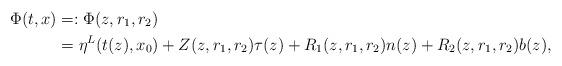
LaTeX: \begin{align*}\Phi(t,x)&=:\Phi(z,r_1,r_2)\\&=\eta^L(t(z),x_0)+Z(z,r_1,r_2)\tau(z)+R_1(z,r_1,r_2)n(z)+R_2(z,r_1,r_2)b(z),\end{align*}